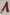
Text: 1